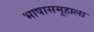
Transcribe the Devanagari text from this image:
भाषासमूहाला